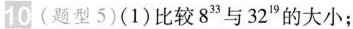
10(题型5)(1)比较8^{33}与32^{19}的大小；